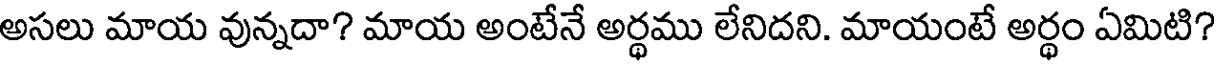
అసలు మాయ వున్నదా? మాయ అంటేనే అర్థము లేనిదని. మాయంటే అర్థం ఏమిటి?